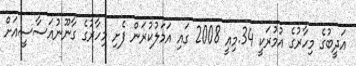
އަދީބުގެ މިހާރުގެ އުމުރަކީ 34.މިއީ 2008 ގައި އަމަލުކުރަން ފެށި މިހާރުގެ ގާނޫނުއަސާސީއަށް